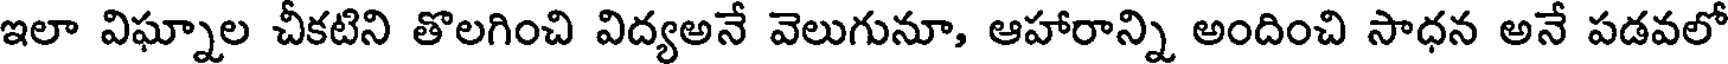
ఇలా విఘ్నాల చీకటిని తొలగించి విద్యఅనే వెలుగునూ, ఆహారాన్ని అందించి సాధన అనే పడవలో